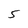
Character: 5